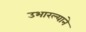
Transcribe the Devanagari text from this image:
उभारल्याने